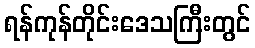
ရန်ကုန်တိုင်းဒေသကြီးတွင်